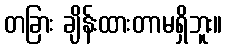
တခြား ချိန်းထားတာမရှိဘူး။